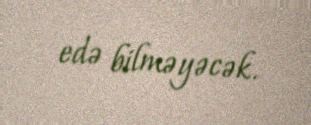
edə bilməyəcək.